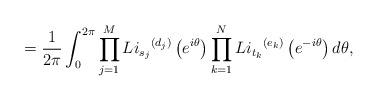
LaTeX: \begin{align*} = \frac{1}{2\pi} \int_{0}^{2\pi} \prod_{j=1}^{M} {Li_{s_j}}^{(d_j)} \left( e^{i\theta} \right) \prod_{k=1}^{N} {Li_{t_k}}^{(e_k)} \left( e^{-i\theta} \right) d\theta,\end{align*}